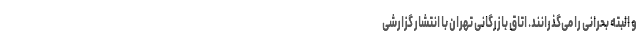
و البته بحرانی را می‌گذرانند. اتاق بازرگانی تهران با انتشار گزارشی